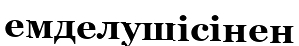
емделушісінен